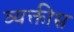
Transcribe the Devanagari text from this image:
व्‍यक्तीस